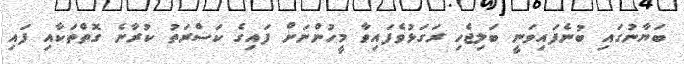
ބަޔާނުގައި ބުނެފައިވަނީ ބަލިޖެހި ރަގަޅުވެފައިވާ މީހުންނަށް ފައިގެ ކަސްރަތު ކުރާނެ ގޮތްތަކާއި ފައި